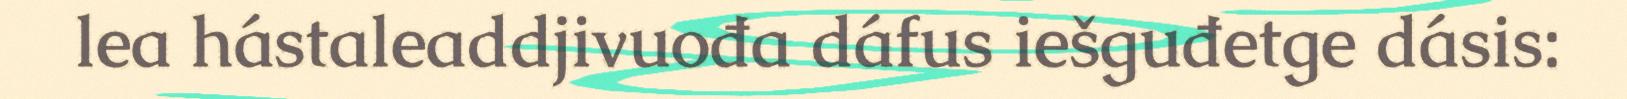
lea hástaleaddjivuođa dáfus iešguđetge dásis: